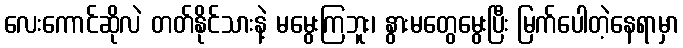
လေးကောင်ဆိုလဲ တတ်နိုင်သားနဲ့ မမွေးကြဘူး၊ နွားမတွေမွေးပြီး မြက်ပေါတဲ့နေရာမှာ